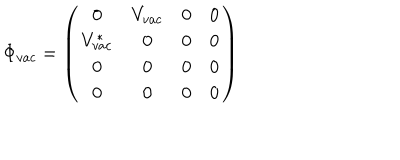
LaTeX: \Phi _ { v a c } = \left( \begin{array} { c c c c } { { 0 } } & { { V _ { v a c } } } & { { 0 } } & { { 0 } } \\ { { V _ { v a c } ^ { * } } } & { { 0 } } & { { 0 } } & { { 0 } } \\ { { 0 } } & { { 0 } } & { { 0 } } & { { 0 } } \\ { { 0 } } & { { 0 } } & { { 0 } } & { { 0 } } \\ \end{array} \right)